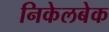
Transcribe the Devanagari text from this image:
निकेलबेक